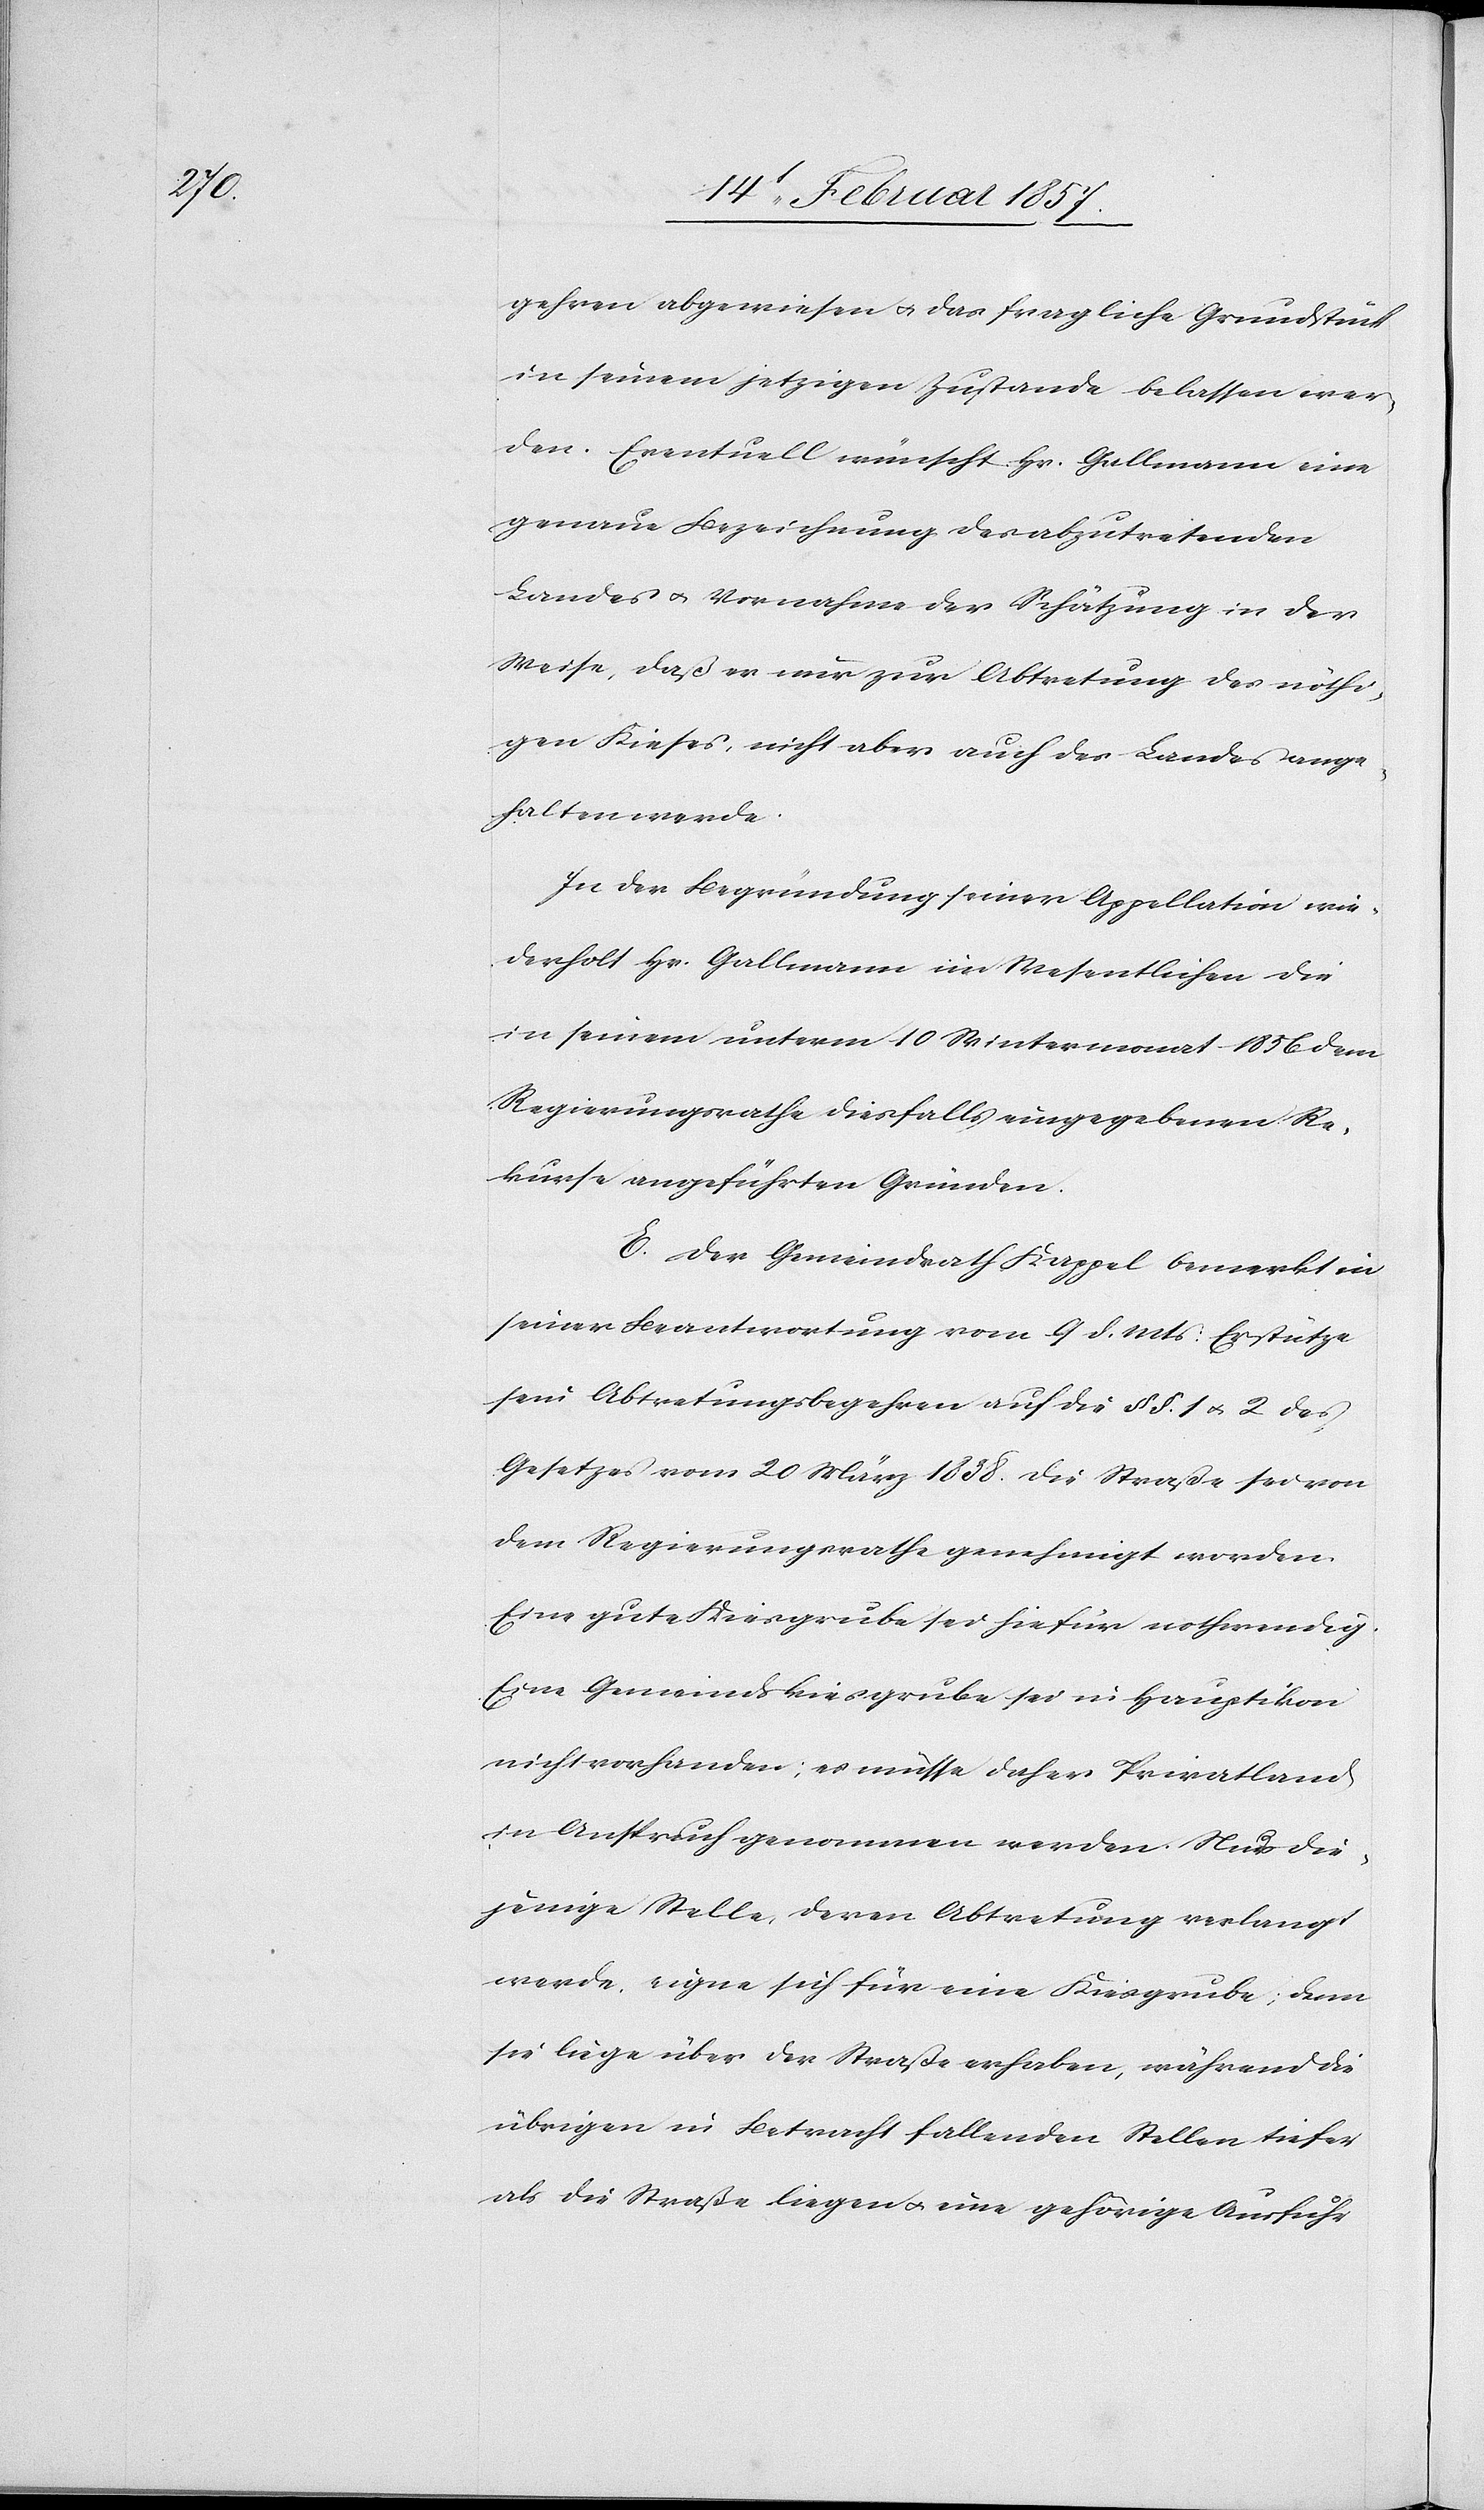
gehren abgewiesen u. das fragliche Grundstück
in seinem jetzigen Zustande belassen wer¬
den. Eventuell wünscht Hr. Gallmann eine
genaue Bezeichnung des abzutretenden
Landes u. Vornahme der Schätzung in der
Weise, daß er nur zur Abtretung des nöthi¬
gen Kieses, nicht aber auch des Landes ange¬
halten werde.
In der Begründung seiner Appellation wie¬
derholt Hr. Gallmann im Wesentlichen die
in seinem unterm 10 Wintermonat 1856 dem
Regierungsrathe diesfalls eingegebenen Re¬
kurse angeführten Gründen.
E. Der Gemeindrath Kappel bemerkt in
einer Beantwortung vom 9 d. Mts: Er stütze
sein Abtretungsbegehren auf die § §. 1 u. 2 des
Gesetzes vom 20 März 1858. Die Straße sei von
dem Regierungsrathe genehmigt worden.
Eine gute Kiesgrube sei hiefür nothwendig.
Eine Gemeindskiesgrube sei in Hauptikon
nicht vorhanden; es müsse daher Privatland
in Anspruch genommen werden. Nur die¬
jenige Stelle, deren Abtretung verlangt
werde, eigne sich für eine Kiesgrube; denn
sie liege über der Straße erhaben, während die
übrigen in Betracht fallenden Stellen tiefer
als die Straße liegen u. eine gehörige Ausfuhr